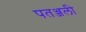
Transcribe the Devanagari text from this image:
पतञ्जली